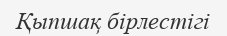
Қыпшақ бірлестігі